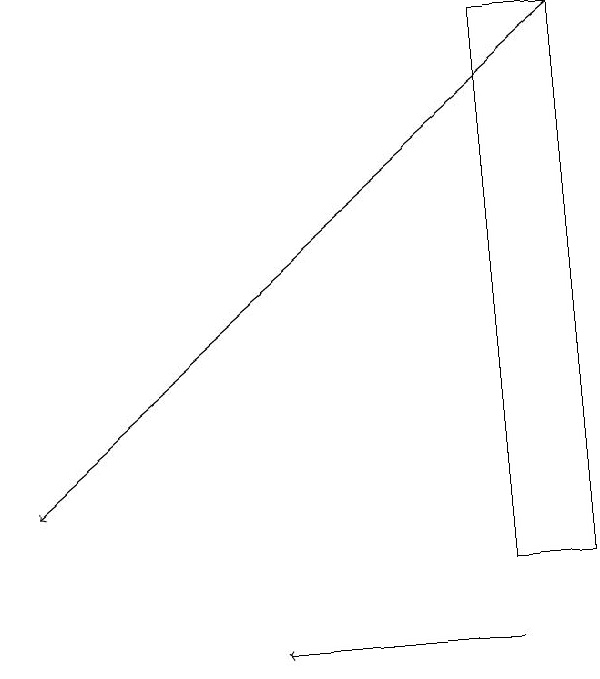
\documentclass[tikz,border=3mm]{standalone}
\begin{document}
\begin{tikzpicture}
\draw (8,19) rectangle (9,12);
\draw[->] (9,19) -- (2,13);
\draw[->] (8,11) -- (5,11);
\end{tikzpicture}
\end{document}